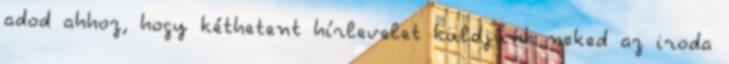
adod ahhoz, hogy kéthetent hírlevelet küldjünk neked az iroda